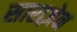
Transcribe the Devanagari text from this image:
साराज़ेन